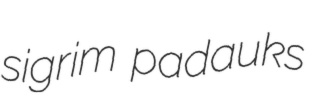
sigrim padauks